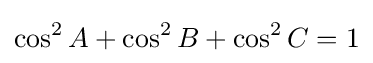
\cos ^{2}{A}+\cos ^{2}{B}+\cos ^{2}{C}=1